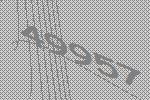
49957